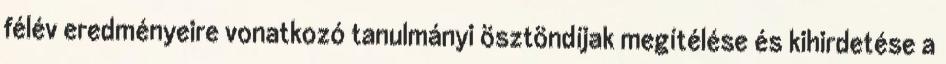
félév eredményeire vonatkozó tanulmányi ösztöndíjak megítélése és kihirdetése a